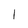
Character: I